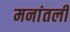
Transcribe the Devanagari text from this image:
मनांतली